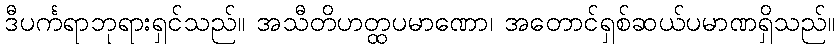
ဒီပင်္ကရာဘုရားရှင်သည်။ အသီတိဟတ္ထပမာဏော၊ အတောင်ရှစ်ဆယ်ပမာဏရှိသည်။